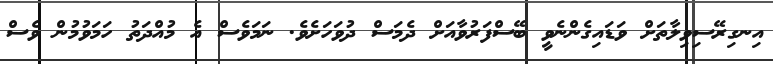
އިނގިރޭސިވިލާތަށް ވަޑައިގެންނެވީ ބޭސްފަރުވާއަށް ދެމަސް ދުވަހަށެވެ. ނަމަވެސް އެ މުއްދަތު ހަމަވުމުން ވެސް